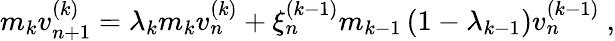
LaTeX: m_{k}v_{n+1}^{(k)}=\lambda_{k}m_{k}v_{n}^{(k)}+\xi_{n}^{(k-1)}m_{k-1}\left(1-\lambda_{k-1}\right)v_{n}^{(k-1)}\ ,